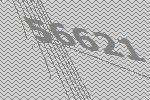
56621